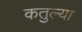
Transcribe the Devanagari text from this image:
कतुल्या